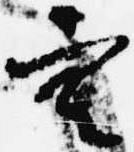
空